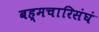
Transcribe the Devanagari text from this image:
बह्मचारिसंघं